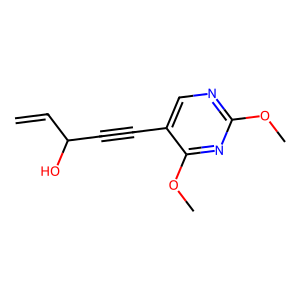
SMILES: C=CC(O)C#Cc1cnc(OC)nc1OC
Inhibits HIV replication: No